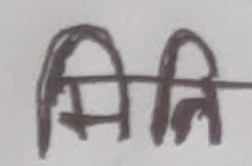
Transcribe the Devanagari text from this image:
मिति